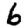
Digit: 6